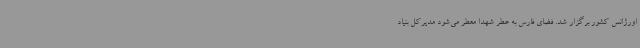
اورژانس کشور برگزار شد. فضای فارس به عطر شهدا معطر می‌شود مدیرکل بنیاد